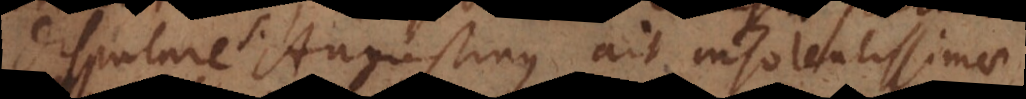
disputare Augustinus ait insolentissimae